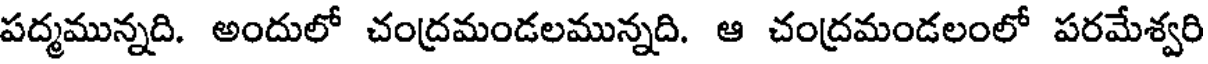
పద్మమున్నది. అందులో చంద్రమండలమున్నది. ఆ చంద్రమండలంలో పరమేశ్వరి